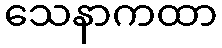
သေနာကထာ